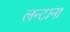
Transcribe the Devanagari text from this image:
लन्टाना